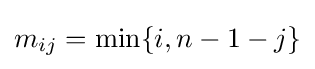
m_{ij}=\min\{i,n-1-j\}